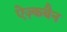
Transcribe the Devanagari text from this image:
ऐज़्कबैन